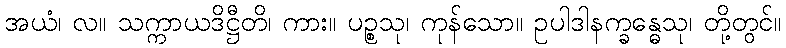
အယံ၊ လ။ သက္ကာယဒိဋ္ဌီတိ၊ ကား။ ပဉ္စသု၊ ကုန်သော။ ဥပါဒါနက္ခန္ဓေသု၊ တို့တွင်။